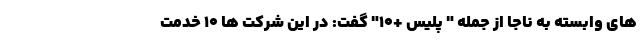
های وابسته به ناجا از جمله " پلیس +۱۰" گفت: در این شرکت ها ۱۰ خدمت